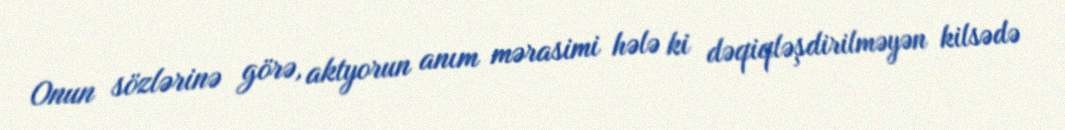
Onun sözlərinə görə, aktyorun anım mərasimi hələ ki dəqiqləşdirilməyən kilsədə